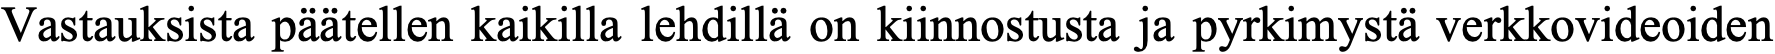
Vastauksista päätellen kaikilla lehdillä on kiinnostusta ja pyrkimystä verkkovideoiden